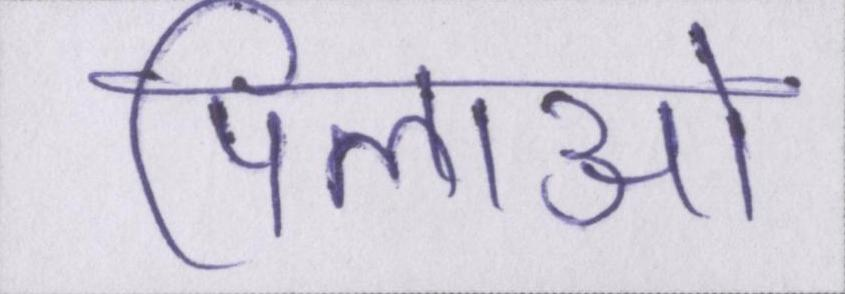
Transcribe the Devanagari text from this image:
पिलाओ